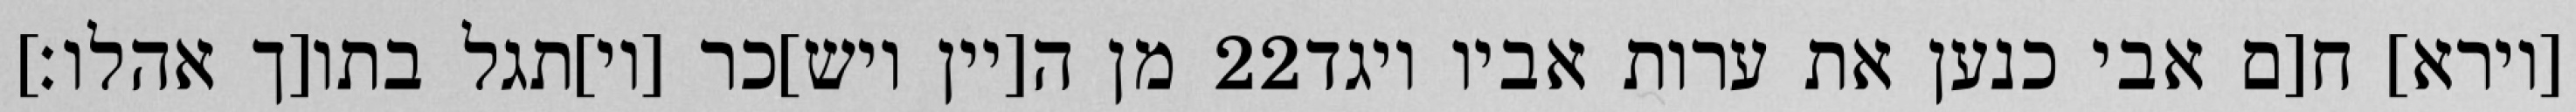
מן ה[יין ויש]כר [וי]תגל בתו[ך אהלו׃] ‎22‏ [וירא] ח[ם אבי כנען את ערות אביו ויגד